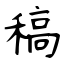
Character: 稿